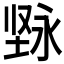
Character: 𱗓